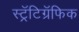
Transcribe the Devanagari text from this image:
स्ट्रॅटिग्रॅफिक